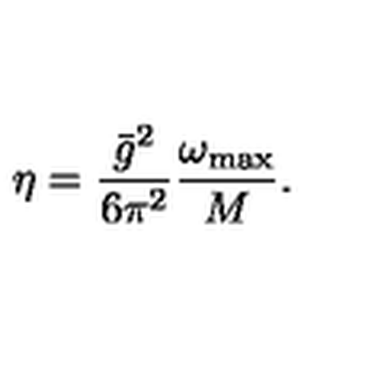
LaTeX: \eta = \frac { \bar { g } ^ { 2 } } { 6 \pi ^ { 2 } } \frac { \omega _ { \mathrm { m a x } } } { M } .